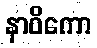
နာဝိကော